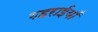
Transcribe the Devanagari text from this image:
गहराईयाँ